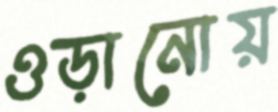
ওড়ানোয়